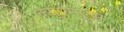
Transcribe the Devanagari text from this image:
क्यूएमएस